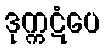
ဒုက္ကဋံပေ